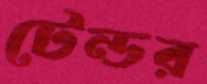
টেন্ডর